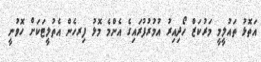
އަތޮޅު ތައުލީމީ މަރުކަޒް ހޯދިއިރު އުމުރުފުރައިގެ އެންމެ މޮޅު ފިރހެން އެތުލީޓަކަށް ހޮވުނީ